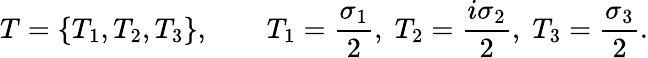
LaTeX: T=\{ T_{1},T_{2},T_{3}\} ,\qquad T_{1}={\frac{\sigma_{1}}{2}},\; T_{2}={\frac{i\sigma_{2}}{2}},\; T_{3}={\frac{\sigma_{3}}{2}}.